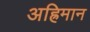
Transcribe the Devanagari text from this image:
अह्रिमान